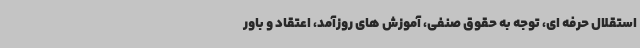
استقلال حرفه ای، توجه به حقوق صنفی، آموزش های روزآمد، اعتقاد و باور